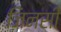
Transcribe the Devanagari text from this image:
जिनसी